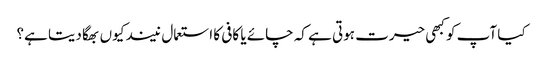
کیا آپ کو کبھی حیرت ہوتی ہے کہ چائے یا کافی کا استعمال نیند کیوں بھگا دیتا ہے؟